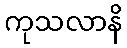
ကုသလာနိ